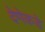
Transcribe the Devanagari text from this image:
देणेकडे